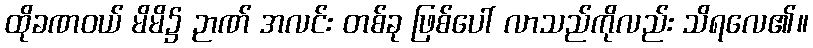
ထိုခဏဝယ် မိမိ၌ ဉာဏ် အလင်း တစ်ခု ဖြစ်ပေါ် လာသည်ကိုလည်း သိရလေ၏။